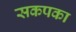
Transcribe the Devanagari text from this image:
सकपका